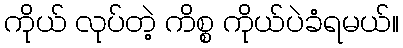
ကိုယ် လုပ်တဲ့ ကိစ္စ ကိုယ်ပဲခံရမယ်။